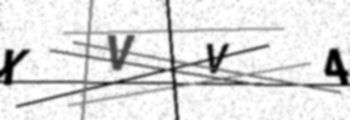
Text: XVV4